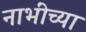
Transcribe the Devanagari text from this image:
नाभींच्या